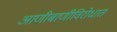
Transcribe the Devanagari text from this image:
आणीबाणीविरोधात